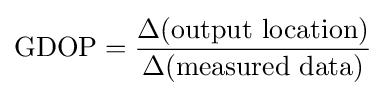
\operatorname {GDOP} ={\frac {\Delta ({\text{output location}})}{\Delta ({\text{measured data}})}}